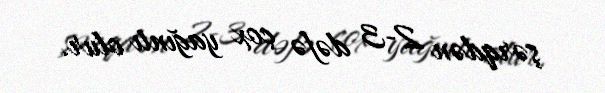
şərqdən 2-3 dəfə çox yağıntı olur.